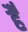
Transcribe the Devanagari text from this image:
है॑